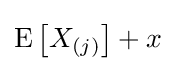
\operatorname {E} \left[X_{(j)}\right]+x